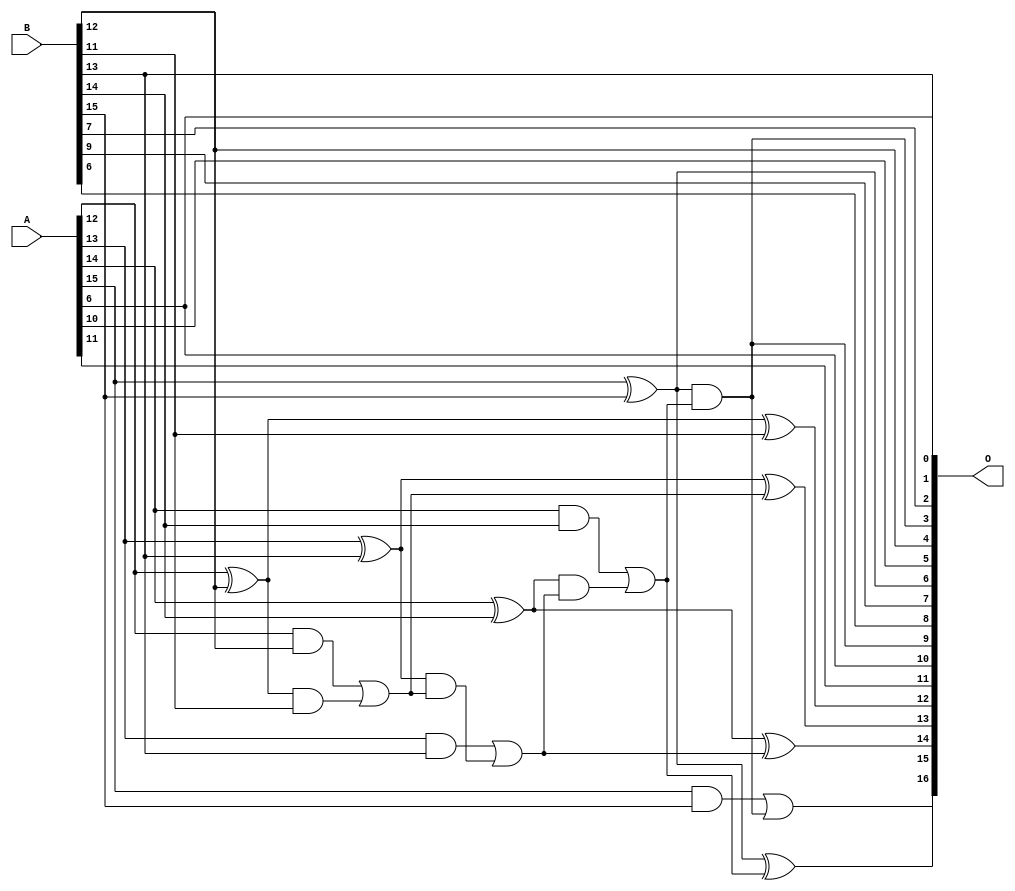
// This program was cloned from: https://github.com/ehw-fit/evoapproxlib
// License: MIT License

/***
* This code is a part of EvoApproxLib library (ehw.fit.vutbr.cz/approxlib) distributed under The MIT License.
* When used, please cite the following article(s):  
* This file contains a circuit from a sub-set of pareto optimal circuits with respect to the pwr and mre parameters
***/
// MAE% = 0.91 %
// MAE = 1187 
// WCE% = 2.90 %
// WCE = 3803 
// WCRE% = 1503.12 %
// EP% = 99.98 %
// MRE% = 2.49 %
// MSE = 20515.545e2 
// PDK45_PWR = 0.018 mW
// PDK45_AREA = 45.5 um2
// PDK45_DELAY = 0.35 ns


module add16u_0GK(A, B, O);
  input [15:0] A, B;
  output [16:0] O;
  wire sig_89, sig_90, sig_91, sig_93, sig_94, sig_95;
  wire sig_96, sig_98, sig_99, sig_100, sig_101, sig_103;
  wire sig_105;
  assign sig_89 = A[12] ^ B[12];
  assign sig_90 = A[12] & B[12];
  assign sig_91 = sig_89 & B[11];
  assign O[12] = sig_89 ^ B[11];
  assign sig_93 = sig_90 | sig_91;
  assign sig_94 = A[13] ^ B[13];
  assign sig_95 = A[13] & B[13];
  assign sig_96 = sig_94 & sig_93;
  assign O[13] = sig_94 ^ sig_93;
  assign sig_98 = sig_95 | sig_96;
  assign sig_99 = A[14] ^ B[14];
  assign sig_100 = A[14] & B[14];
  assign sig_101 = sig_99 & sig_98;
  assign O[14] = sig_99 ^ sig_98;
  assign sig_103 = sig_100 | sig_101;
  assign O[6] = A[15] ^ B[15];
  assign sig_105 = A[15] & B[15];
  assign O[3] = O[6] & sig_103;
  assign O[15] = O[6] ^ sig_103;
  assign O[16] = sig_105 | O[3];
  assign O[0] = B[13];
  assign O[1] = A[6];
  assign O[2] = B[7];
  assign O[4] = B[12];
  assign O[5] = A[10];
  assign O[7] = B[9];
  assign O[8] = B[6];
  assign O[9] = O[3];
  assign O[10] = A[6];
  assign O[11] = A[11];
endmodule